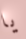
يا